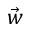
\vec { w }